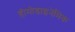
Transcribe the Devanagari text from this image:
हीमोडाइनेमिक